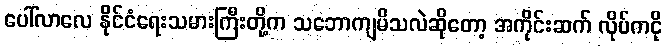
ပေါ်လာလေ နိုင်ငံရေးသမားကြီးတို့က သဘောကျမိသလဲဆိုတော့ အကိုင်းဆက် လိုပ်ကငို